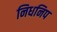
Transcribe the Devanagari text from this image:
निधनिप